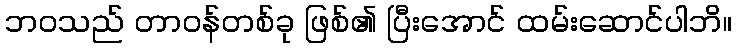
ဘဝသည် တာဝန်တစ်ခု ဖြစ်၏ ပြီးအောင် ထမ်းဆောင်ပါဘိ။